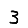
Digit: 3